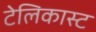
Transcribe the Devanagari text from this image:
टेलिकास्ट